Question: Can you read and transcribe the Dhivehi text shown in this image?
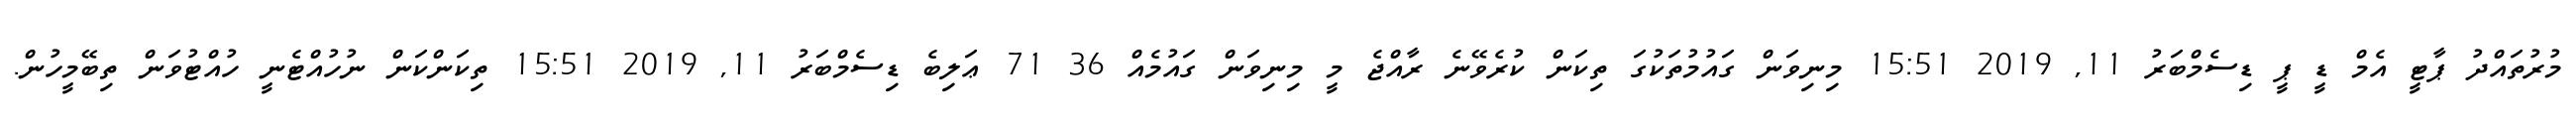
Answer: މުރުތައްދު ޕާޓީ އެމް ޑީ ޕީ ޑިސެމްބަރު 11, 2019 15:51 މިނިވަން ގައުމުތަކުގަ ތިކަން ކުރެވޭނެ ރާއްޖެ މީ މިނިވަން ގައުމެއް 36 71 ޢަލިބެ ޑިސެމްބަރު 11, 2019 15:51 ތިކަންކަން ނުހުއްޓެނީ ހުއްޓުވަން ތިބޭމީހުން.